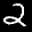
Label: 2